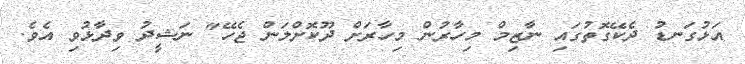
އަޅުގަނޑު ދެކޭގޮތުގައި ނާޒިމް މިހާރުން މިހާރަށް ދޫކޮށްލަން ޖެހޭ" ނަޝީދު ވިދާޅުވި އެވެ.